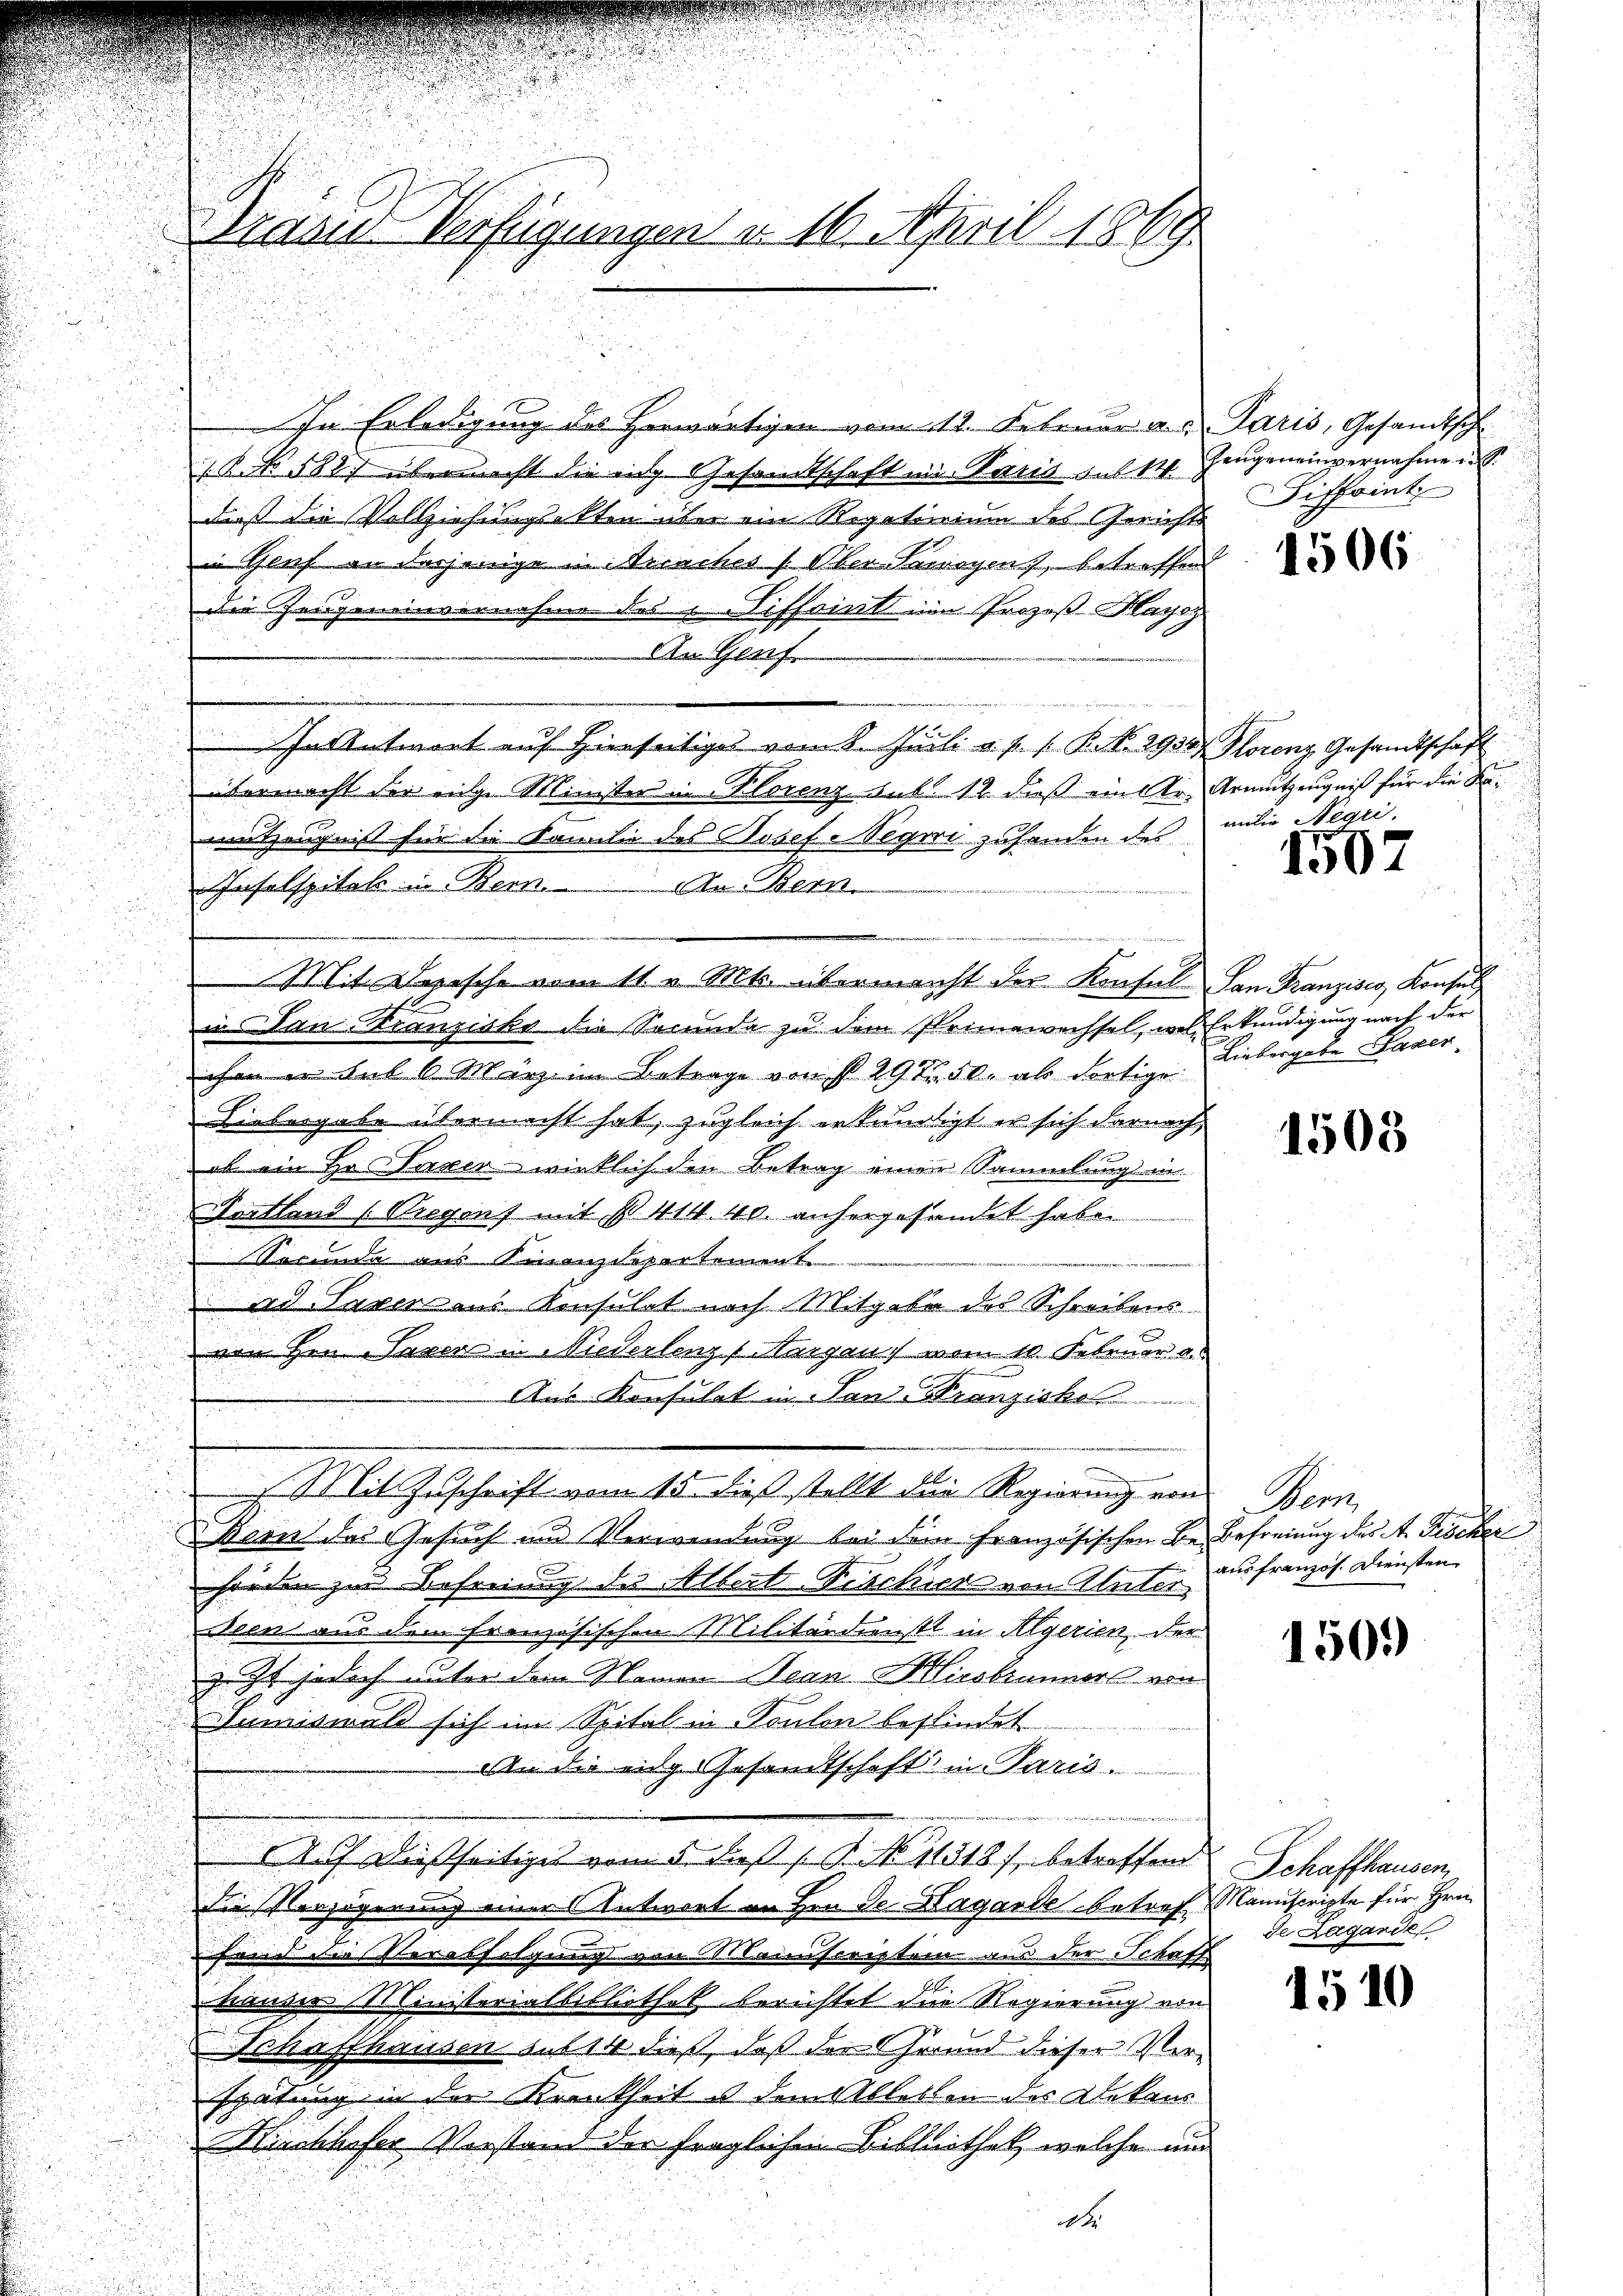
u
In Erledigung des herwärtigen vom 12. Februar a.c. Paris, Gesandtsch
 No 588. übermacht die in Gesandtschaft in Paris sub 14.
daß die Vollziehungsakten aber ein Rigatinium des Gerichts
Gluf an derjenige in Arraches s. Ober-Tawogen, betreffend
die Zeugeneinvernahme des L. iffrint von Prozeß-Kayoy
An Genf.
In Antwort auf Hierseitiges vom 8. Juli a. p. 1. P. Nr. 2930/ Florenz Gesandtschaft
übermacht der eige Minister in Florenz sub. 12 dieß ein Ur- Armutzeugniß für die Bed

itzeugnis für die Familie des Josef Segii zusenden des
u
2
Infelspitel in Bern. An Bern
.
d

Mit Deische vom 11. Mts. übermacht der Kiefel von Franzisco, Konsul
in San Franziska die Secunda zu dem Primewechsel, wol Erkundigung nach der
a
ihen er auf 6 März im Betrage von § 292. 50. als dortige
Liebergabe übermacht hat, zugleich erkundigt er sich darnach
ob ein Hr. Parzer, wirklich den Betrag einen Sammlungsin
u
Fortland (Bregens mit § 414. 40. anhergehendet habe.
u
e
Merunde aus Finanzdepartement
ard Saxeraus Konsulat nach Mitgabe des Schreibens

von Hrn. Saven in Niederlenz, Margau vom 10. Februar

n
C
a
Aus Konsulat in Tanz. Franzisk

 Mit Zuschrift vom 15. dieß stellt die Regierung von Bern,
u
Bern des Gesuch und Verwendung bei dem französischen Be-Befreiung des A. Fischer
e
hörden zur Befreiung des Albert Fischick von Alter
deen aus dem Französischen Militärdienstt in Algerien der
 Io jedoch unter dem Namen Jean Missbimmers von
Sumiswald sich im Spital in Ponton befindet
An die eidg. Gesandtschaft in Paris.
A. dießseitiges vom 5 Fuß [K No 11318), betreffend Schaffhausen
die Verzögerung einer Antwort an Hrn. De Lagarte betreff Manuscripte für Hrn.
fand die Verabseigung von Manuscripten aus der Schaff
A
hauser Ministerialbibliothek berichtet die Regierung von
Schaffhausen aus 14 dieß, daß der Grund dieser Verspätung in der Krankheit es dem Ableben des Dekans
Kirchhofer Vorstand der fraglichen Bibliothek, welche und
.

u

u

Saben Verfügungen u. 16. April 1869

hengeneinvernahme S.
Siffoint

1506

anlie Negr.

1507

Liebergabe Haker

1508

.
aus französ. Diensten

1509)

de Lagarde

1510